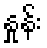
နှုန်း